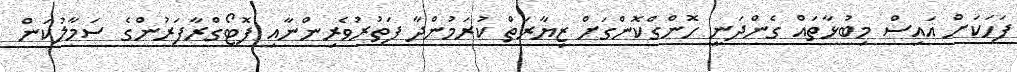
ފަހަކަށް އައިސް މިބުޅާތައް ގެންދަނީ ހޮންގްކޮންގަށް ޒިޔާރަތް ކުރަމުންދާ ފަތުރުވެރިންނާއި ފޮޓޯގްރާފަރުންގެ ސަމާލުކަން